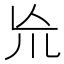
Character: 㠩